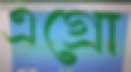
এগ্রো